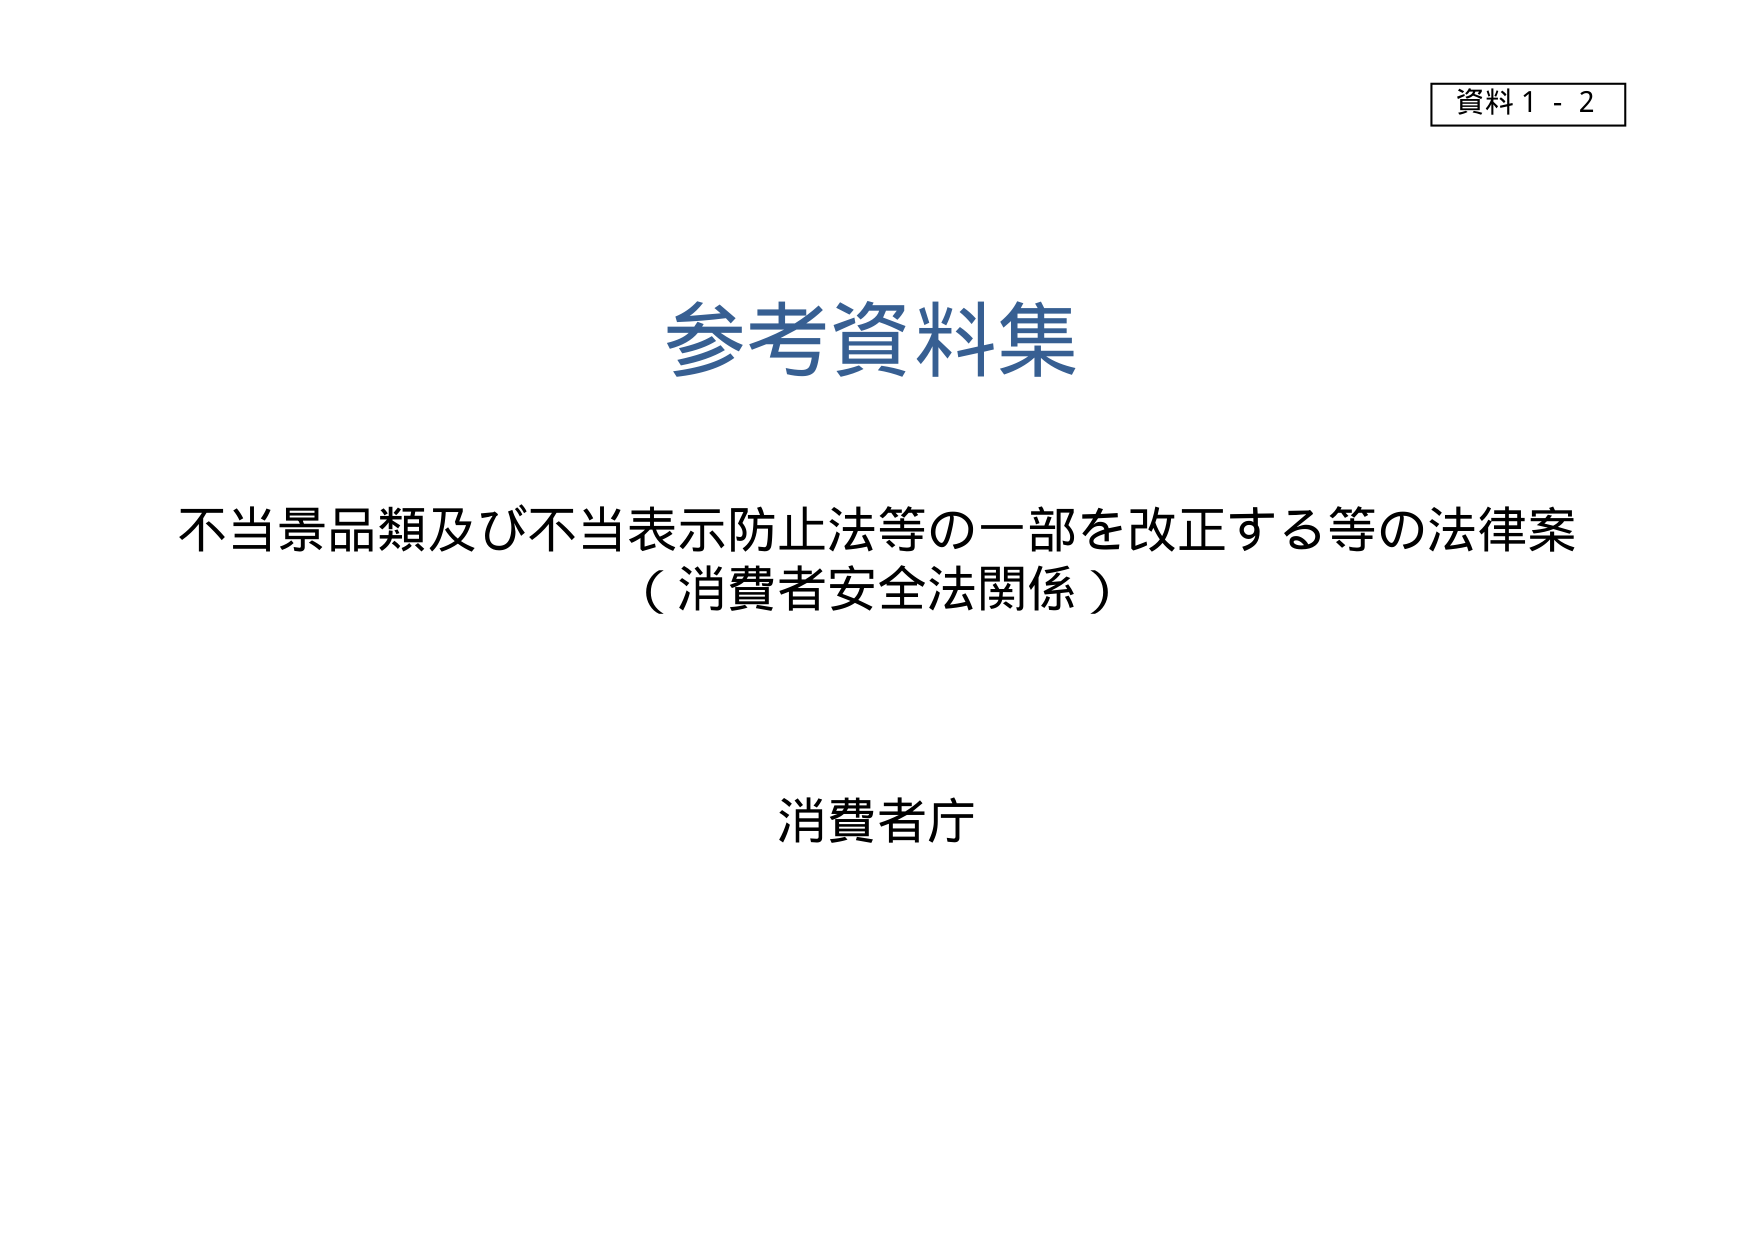
資料１－２

参考資料集

不当景品類及び不当表示防止法等の一部を改正する等の法律案
（消費者安全法関係）

消費者庁